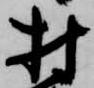
村